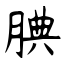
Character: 腆